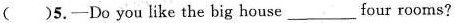
( )5.-Do you like the big house_four rooms?